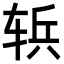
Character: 𮝶